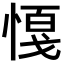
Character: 𢟟